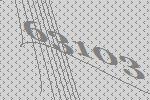
63103